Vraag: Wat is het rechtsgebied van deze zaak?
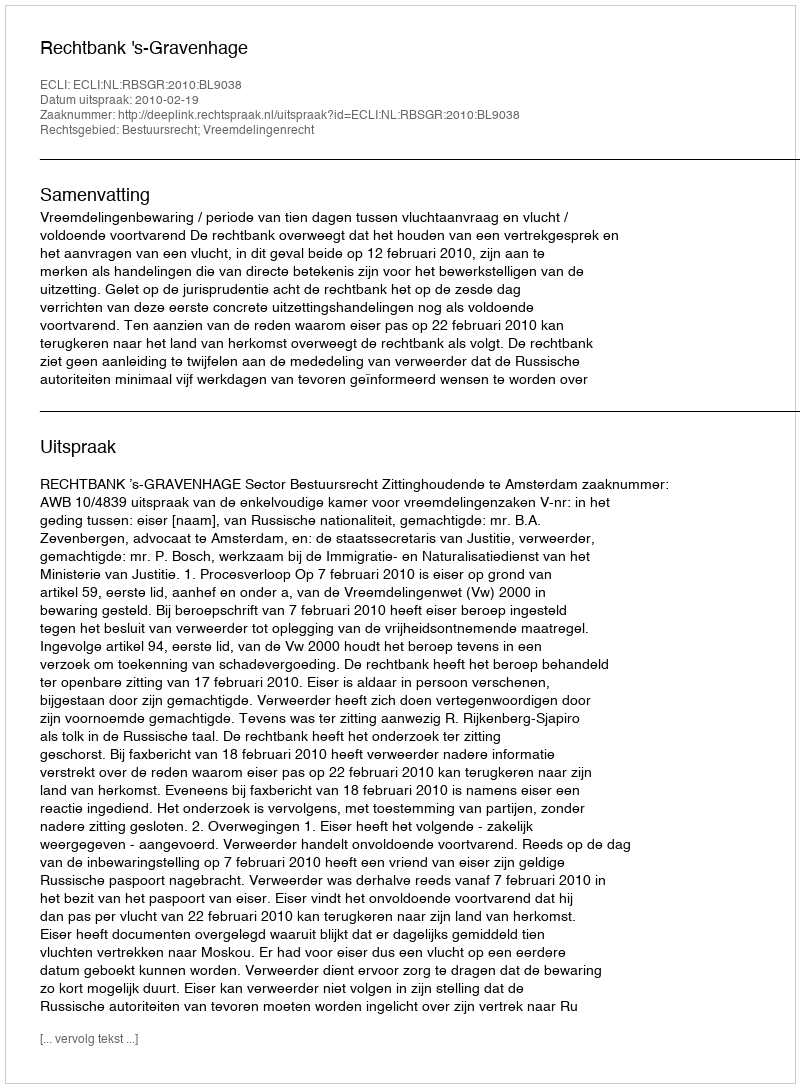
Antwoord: Bestuursrecht; Vreemdelingenrecht